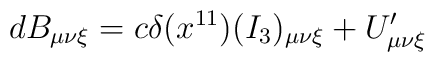
dB_{\mu \nu \xi} = c \delta(x^{11}) (I_3)_{\mu \nu \xi} + U'_{\mu \nu \xi}